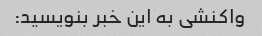
واکنشی به این خبر بنویسید: